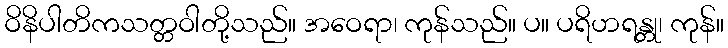
ဝိနိပါတိကသတ္တဝါတို့သည်။ အဝေရာ၊ ကုန်သည်။ ပ။ ပရိဟရန္တု၊ ကုန်။